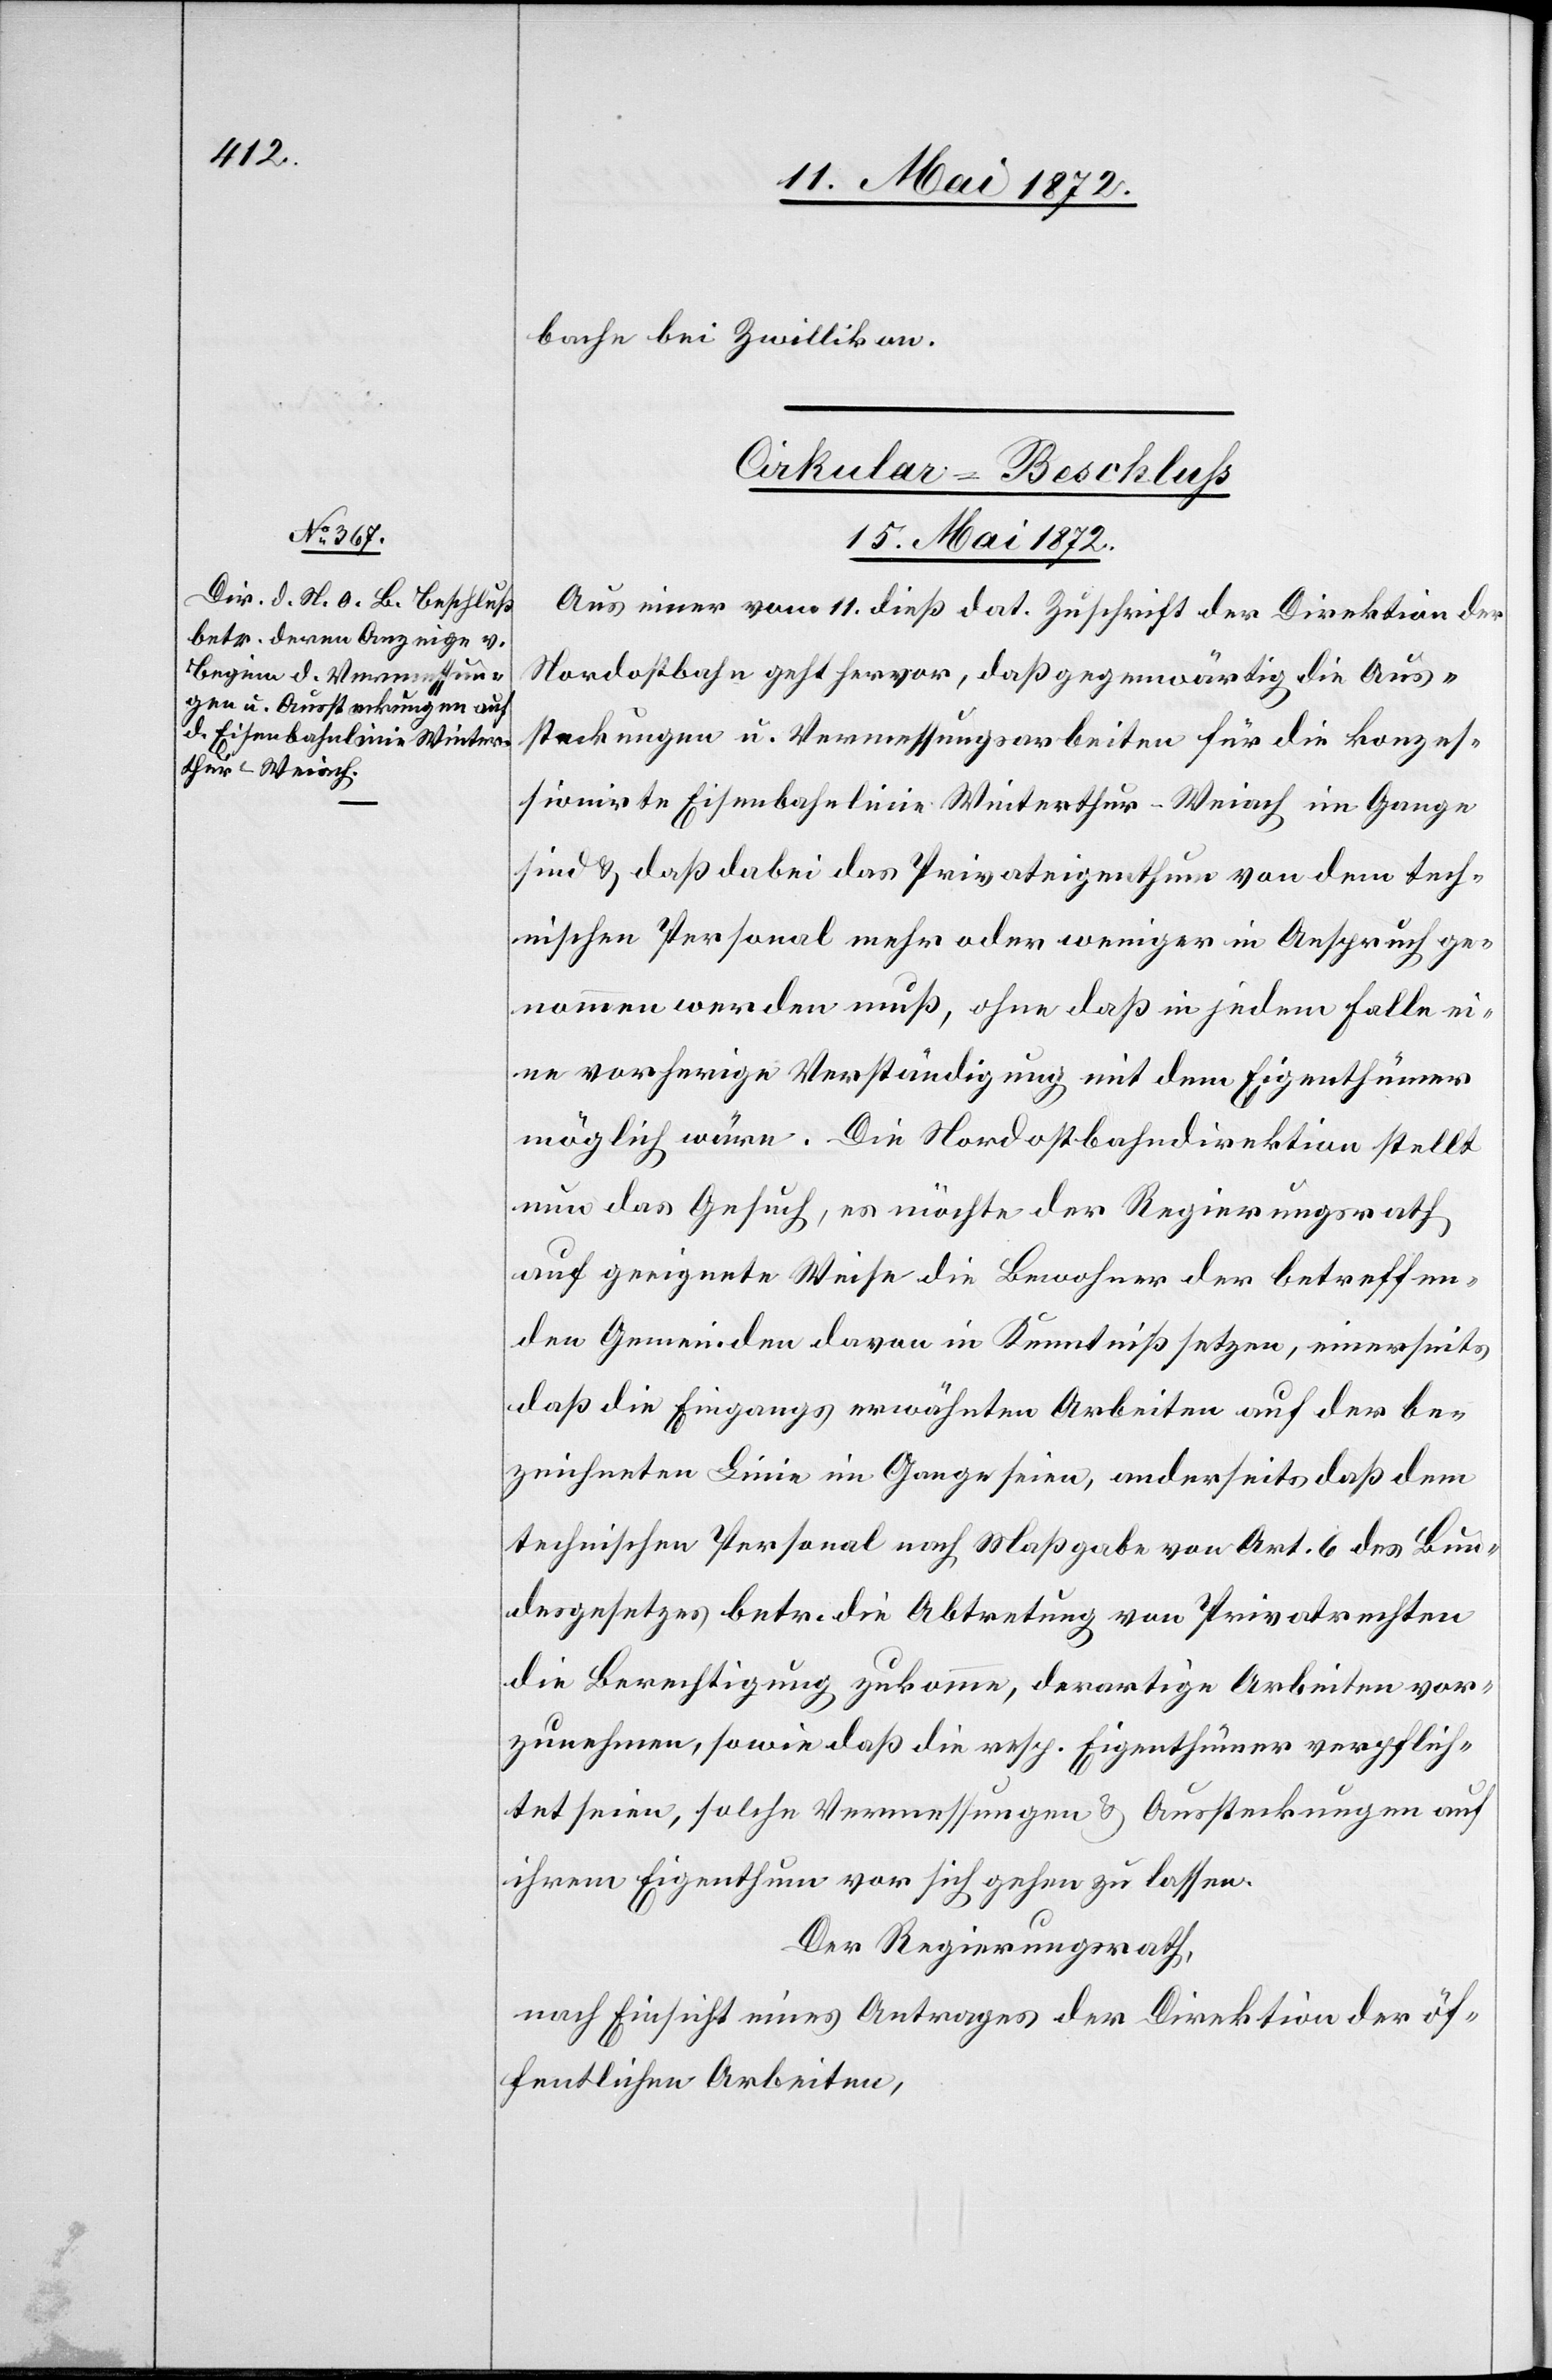
bache bei Zwillikon.
Cirkular-Beschluß
15. Mai 1872.
Aus einer vom 11. dieß dat. Zuschrift der Direktion der
Nordostbahn geht hervor, daß gegenwärtig die Aus¬
steckungen u. Vermessungsarbeiten für die konzes¬
sionirte Eisenbahnlinie Winterthur–Weiach im Gange
sind u. daß dabei das Privateigenthum von dem tech¬
nischen Personal mehr oder weniger in Anspruch ge¬
nommen werden muß, ohne daß in jedem Fall ei¬
ne vorherige Verständigung mit dem Eigenthümer
möglich wäre. Die Nordostbahndirektion stellt
nun das Gesuch, es möchte der Regierungsrath
auf geeignete Weise die Bewohner der betreffen¬
den Gemeinden davon in Kenntniß setzen, einerseits
daß die Eingangs erwähnten Arbeiten auf der be¬
zeichneten Linie im Gange seien, anderseits daß dem
technischen Personal nach Maßgabe von Art. 6 des Bun¬
desgesetzes betr. die Abtretung von Privatrechten
die Berechtigung zukomme, derartige Arbeiten vor¬
zunehmen, sowie daß die resp. Eigenthümer verpflich¬
tet seien, solche Vermessungen u. Aussteckungen auf
ihrem Eigenthum vor sich gehen zu lassen.
Der Regierungsrath,
nach Einsicht eines Antrages der Direktion der öf¬
fentlichen Arbeiten,